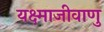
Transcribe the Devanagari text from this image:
यक्ष्माजीवाणु